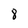
Character: 8